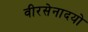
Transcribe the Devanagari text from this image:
वीरसेनादयो